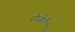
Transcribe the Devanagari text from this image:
रोजेरी